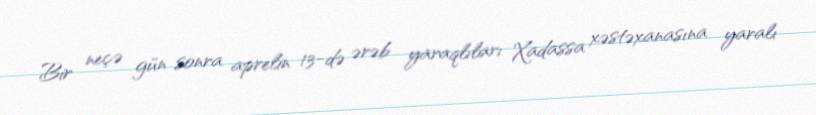
Bir neçə gün sonra aprelin 13-də ərəb yaraqlıları Xadassa xəstəxanasına yaralı